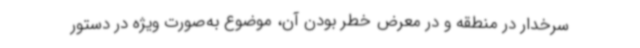
سرخدار در منطقه و در معرض خطر بودن آن، موضوع به‌صورت ویژه در دستور